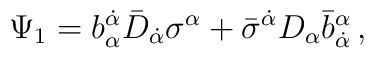
\Psi_1= b_\alpha^{\dot \alpha} \bar D_{\dot\alpha}\sigma^\alpha +\bar\sigma^{\dot \alpha}D_\alpha\bar b_{\dot \alpha}^\alpha \, ,